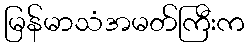
မြန်မာသံအမတ်ကြီးက